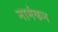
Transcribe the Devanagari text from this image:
नामंकन